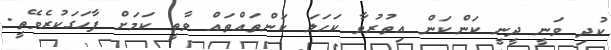
ކުދި ވަނީ ދީނީ ކަންކަން އިތުރުވާ ކަހަލަ ކަންތައްތައް ވާތީ ކަމަށް ފާހަގަކުރެވޭތީ.